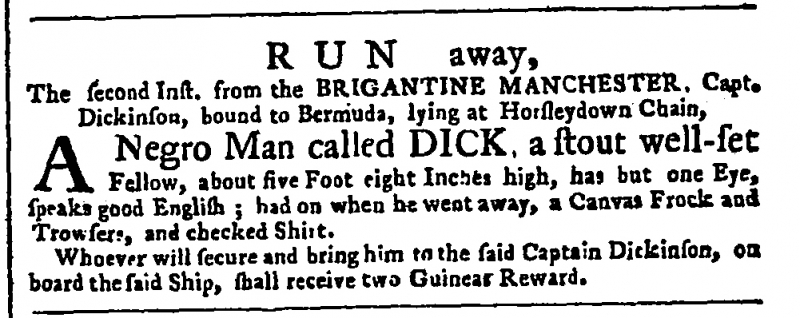
Public Advertiser, 5 September 1760 (England)
                                 R U N   away, The second Inst. from the BRIGANTINE MANCHESTER, Capt. Dickinson, bound to Bermuda, lying at Horsleydown Chain,   A Negro Man called DICK, a stout well-set Fellow, about five Foot eight Inches high, has but one Eye, speaks good English; had on when he went away, a Canvas Frock and Trowsers, and checked Shirt.  Whoever will secure and bring him to the said Captain Dickinson, on board the said Ship, shall receive two Guineas Reward.